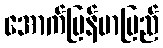
အောက်မြန်မာပြည်